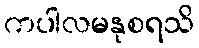
ကပါလမနုစရသိ